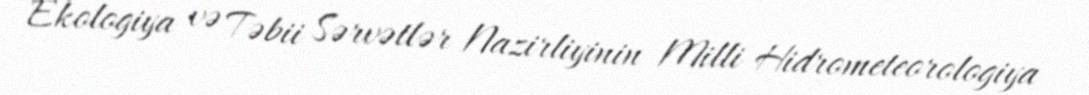
Ekologiya və Təbii Sərvətlər Nazirliyinin Milli Hidrometeorologiya